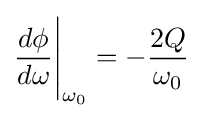
{d\phi  \over d\omega }{\Bigg |}_{\omega _{0}}=-{2Q \over \omega _{0}}